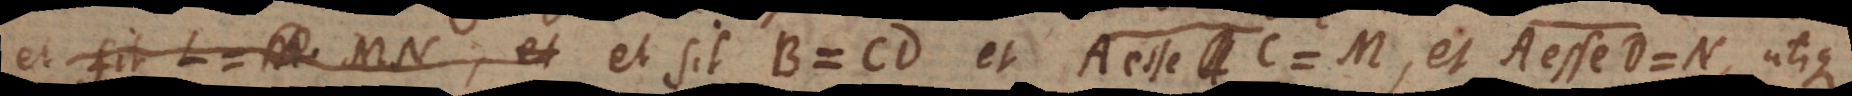
= L et sit B = CD et A esse C = M, et A esse D = N, utique